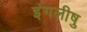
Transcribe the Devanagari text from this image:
इंगलीषु